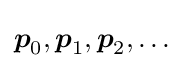
{\boldsymbol {p}}_{0},{\boldsymbol {p}}_{1},{\boldsymbol {p}}_{2},\ldots